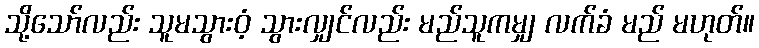
သို့သော်လည်း သူမသွားဝံ့ သွားလျှင်လည်း မည်သူကမျှ လက်ခံ မည် မဟုတ်။